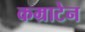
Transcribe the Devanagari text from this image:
कम्राटेन